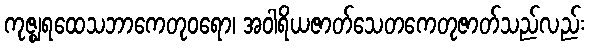
ကုဇ္ဈရထေသဘာကေတုဝရော၊ အဝါရိယဇာတ်သေတကေတုဇာတ်သည်လည်း